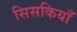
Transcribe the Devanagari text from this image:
सिसकियाँ